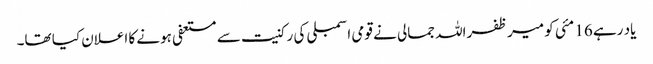
یاد رہے 16 مئی کو میر ظفراللہ جمالی نے قومی اسمبلی کی رکنیت سے مستعفی ہونے کا اعلان کیا تھا۔